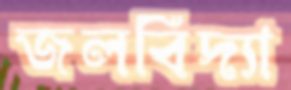
জলবিদ্যা